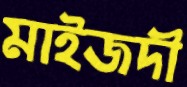
মাইজদী